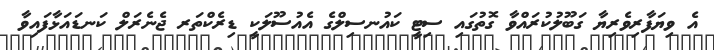
އެ ވިޔަފާރިވެރިޔާ ގަބޫލުކުރައްވާ ގޮތުގައި ސިޓީ ކައުނސިލްގެ އެއުސޫލަކީ ޑިރެކްތަރ ޖެނެރަލް ކަނޑައަޅާފައިވާ